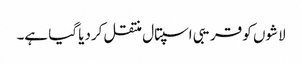
لاشوں کو قریبی اسپتال منتقل کردیا گیا ہے۔